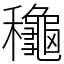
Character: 龝